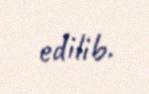
edilib.